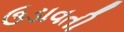
ઉડાવતી